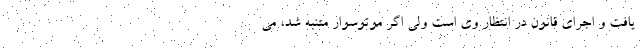
یافت و اجرای قانون در انتظار وی است ولی اگر موتوسوار متنبه شد، می